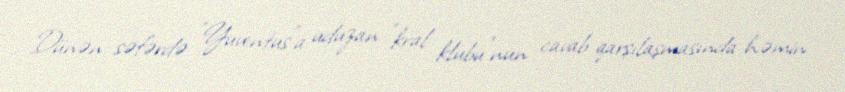
Dünən səfərdə "Yuventus"a uduzan "kral klubu"nun cavab qarşılaşmasında həmin